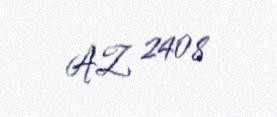
AZ 2408